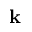
\mathbf { k }